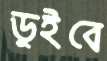
ডুইবে